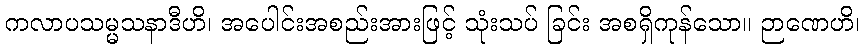
ကလာပသမ္မသနာဒီဟိ၊ အပေါင်းအစည်းအားဖြင့် သုံးသပ် ခြင်း အစရှိကုန်သော။ ဉာဏေဟိ၊